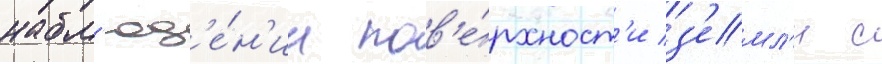
набл'юд'е́н'ии пов'е́рхност'и з'емл'и с